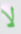
لا